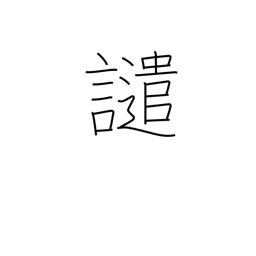
Meaning: reproach